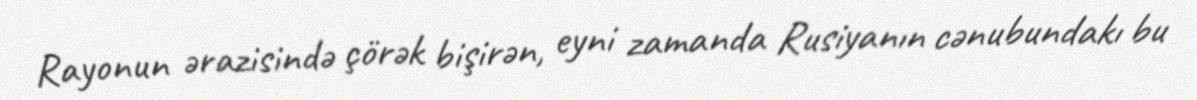
Rayonun ərazisində çörək bişirən, eyni zamanda Rusiyanın cənubundakı bu